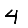
Digit: 4